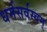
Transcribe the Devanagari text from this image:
धर्मसर्वस्वम्